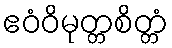
ဧဝံဝိမုတ္တစိတ္တံ